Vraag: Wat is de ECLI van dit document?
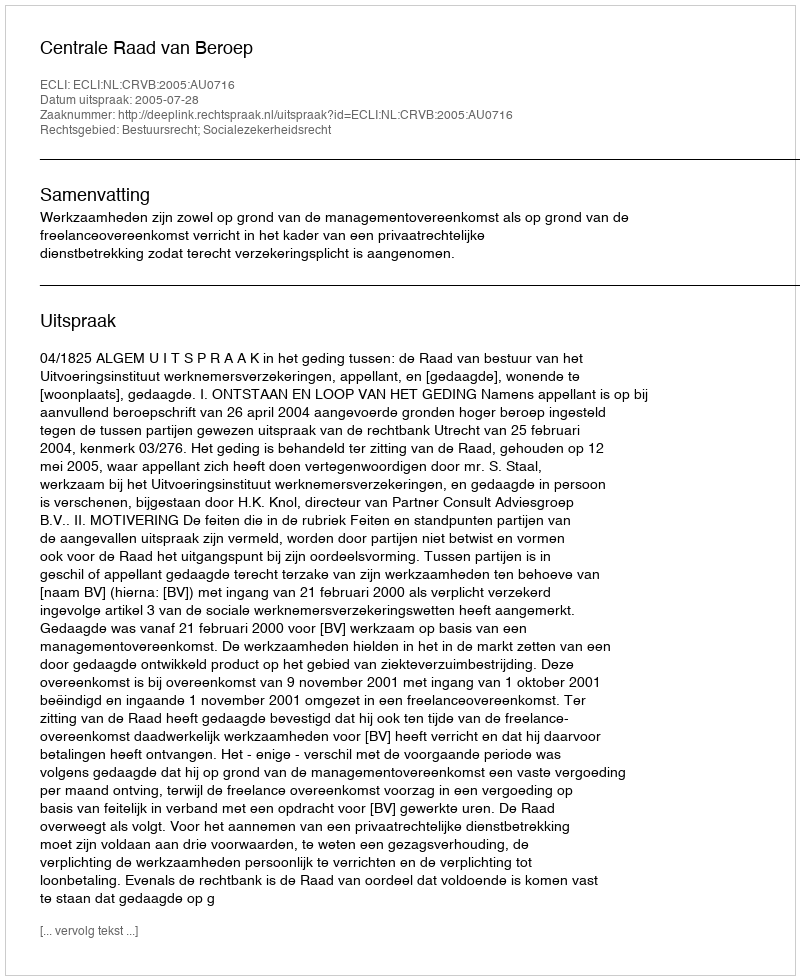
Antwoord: ECLI:NL:CRVB:2005:AU0716